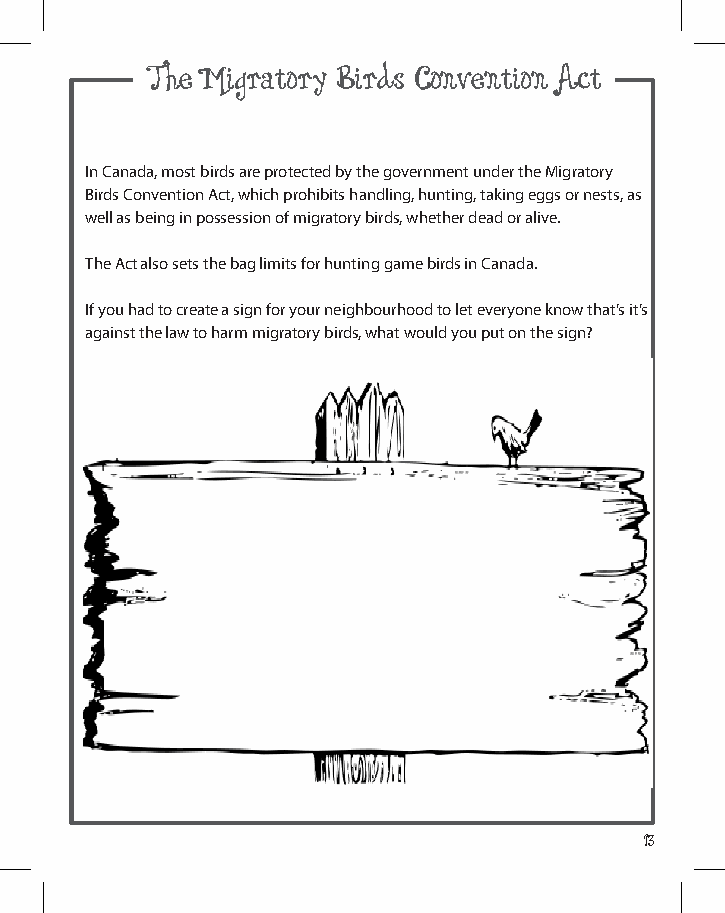
The Migratory Birds Convention act
 In Canada, most birds are protected by the government under the migratory
 Birds Convention act, which prohibits handling, hunting, taking eggs or nests, as
 well as being in possession of migratory birds, whether dead or alive.
 the act also sets the bag limits for hunting game birds in Canada.
 If you had to create a sign for your neighbourhood to let everyone know that’s it’s
 against the law to harm migratory birds, what would you put on the sign?
 13